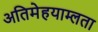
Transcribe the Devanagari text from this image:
अतिमेहयाम्लता